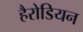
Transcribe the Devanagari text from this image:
हैरोडियन